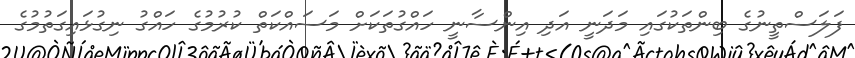
ފަލަސްތީނުގެ ބިންތަކުގައި މަދަނީ އަދި އިންސާނީ ހައްގުތަކަށް މަސައްކަތް ކުރުމުގެ ހައްގު ނިގުޅައިގަތުމުގެ